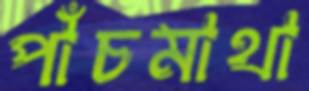
পাঁচমাথা